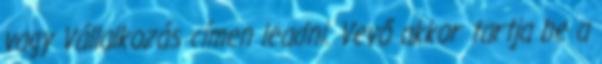
vagy Vállalkozás címen leadni. Vevő akkor tartja be a